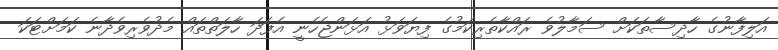
އަލިފާނުގެ ހާދިސާތަކަށް ސަމާލުވެ ރައްކާތެރިކަމުގެ ފިޔަވަޅު އަޅަންޖެހެނީ އެފަދަ ހާލަތްތައް މެދުވެރިވެދާނެ ކަމަށްޓަކަ